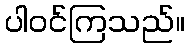
ပါဝင်ကြသည်။